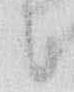
候